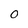
Character: 0